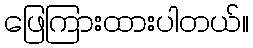
ဖြေကြားထားပါတယ်။